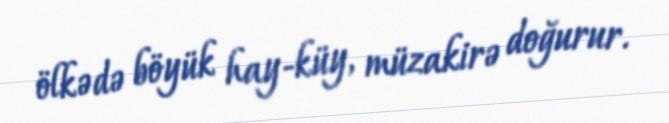
ölkədə böyük hay-küy, müzakirə doğurur.